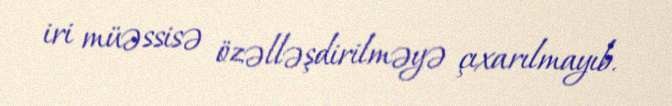
iri müəssisə özəlləşdirilməyə çıxarılmayıb.